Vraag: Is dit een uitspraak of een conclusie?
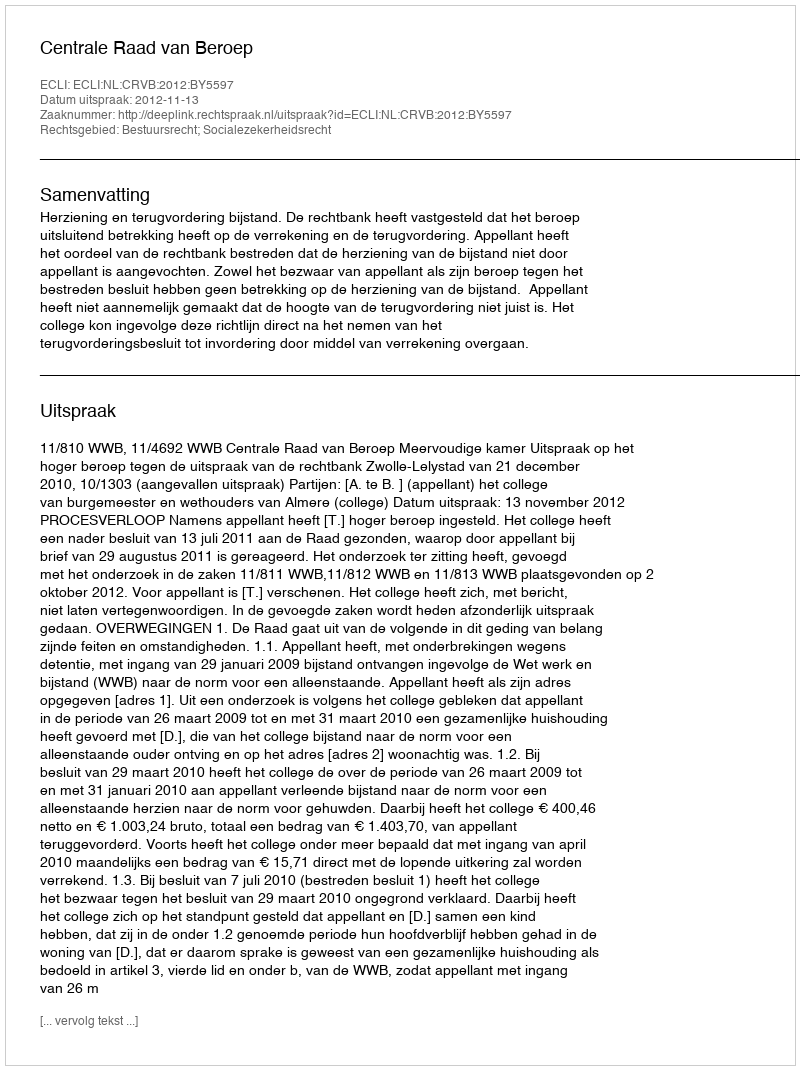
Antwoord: Uitspraak